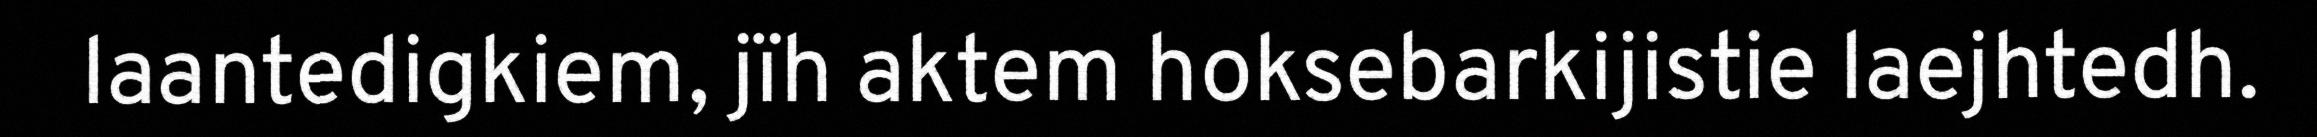
laantedigkiem, jïh aktem hoksebarkijistie laejhtedh.